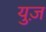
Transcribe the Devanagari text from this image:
युज़